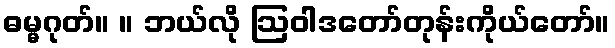
ဓမ္မဂုတ်။ ။ ဘယ်လို ဩဝါဒတော်တုန်းကိုယ်တော်။